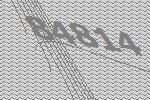
84814